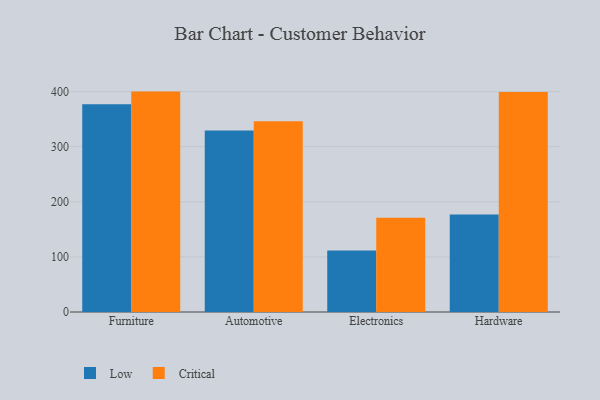
{"axis": {"x": "Category", "y": "Energy Usage (MWh)"}, "legend": ["Critical", "Low"], "data": [{"x": "Furniture", "y": 377.0, "type": "Low"}, {"x": "Furniture", "y": 400.0, "type": "Critical"}, {"x": "Automotive", "y": 329.2, "type": "Low"}, {"x": "Automotive", "y": 346.2, "type": "Critical"}, {"x": "Electronics", "y": 111.4, "type": "Low"}, {"x": "Electronics", "y": 170.9, "type": "Critical"}, {"x": "Hardware", "y": 177.0, "type": "Low"}, {"x": "Hardware", "y": 399.5, "type": "Critical"}]}